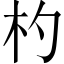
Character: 杓